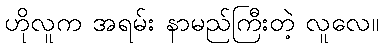
ဟိုလူက အရမ်း နာမည်ကြီးတဲ့ လူလေ။